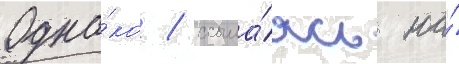
Одна́ко / ссыла́ясь на́